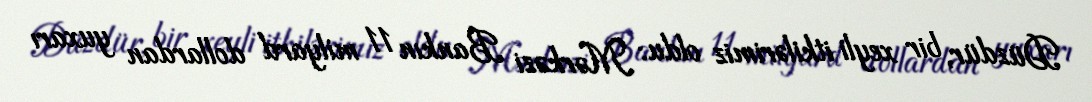
Düzdür, bir xeyli itkilərimiz oldu: Mərkəzi Bankın 11 milyard dollardan yuxarı